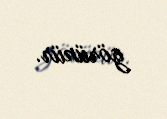
görünür.